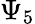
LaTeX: \Psi_{5}